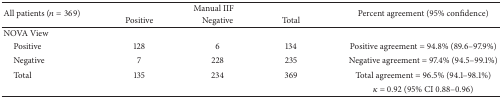
<table><thead><tr><td rowspan="2"><b>All patients (<i>n</i> = 369)</b></td><td colspan="3"><b>Manual IIF</b></td><td rowspan="2"><b>Percent agreement (95% confidence)</b></td></tr><tr><td><b>Positive</b></td><td><b>Negative</b></td><td><b>Total</b></td></tr></thead><tbody><tr><td>NOVA View</td><td> </td><td> </td><td> </td><td> </td></tr><tr><td> Positive</td><td>128</td><td>6</td><td>134</td><td>Positive agreement = 94.8% (89.6–97.9%)</td></tr><tr><td> Negative</td><td>7</td><td>228</td><td>235</td><td>Negative agreement = 97.4% (94.5–99.1%)</td></tr><tr><td> Total</td><td>135</td><td>234</td><td>369</td><td>Total agreement = 96.5% (94.1–98.1%)</td></tr><tr><td> </td><td> </td><td> </td><td> </td><td><i>κ</i> = 0.92 (95% CI 0.88–0.96)</td></tr></tbody></table>